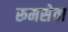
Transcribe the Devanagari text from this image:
रूमसेवा